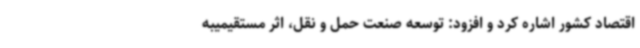
اقتصاد کشور اشاره کرد و افزود: توسعه صنعت حمل ‌و نقل، اثر مستقیمیبه